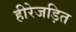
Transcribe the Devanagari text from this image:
हीरेजड़ित